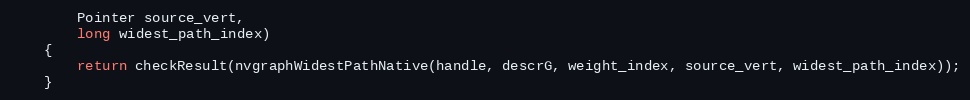
Language: Java
        Pointer source_vert,
        long widest_path_index)
    {
        return checkResult(nvgraphWidestPathNative(handle, descrG, weight_index, source_vert, widest_path_index));
    }